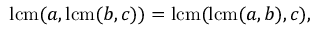
\operatorname { l c m } ( a , \operatorname { l c m } ( b , c ) ) = \operatorname { l c m } ( \operatorname { l c m } ( a , b ) , c ) ,